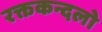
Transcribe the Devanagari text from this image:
रक्तकन्दलो